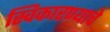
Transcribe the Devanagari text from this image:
स्विकारण्याचे